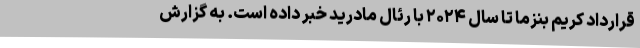
قرارداد کریم بنزما تا سال ۲۰۲۴ با رئال مادرید خبر داده است. به گزارش